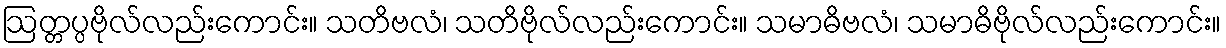
ဩတ္တပ္ပဗိုလ်လည်းကောင်း။ သတိဗလံ၊ သတိဗိုလ်လည်းကောင်း။ သမာဓိဗလံ၊ သမာဓိဗိုလ်လည်းကောင်း။